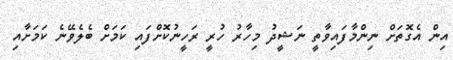
އިން އެގޮތަށް ނިންމާފައިވާތީ ނަޝީދު މިހާރު ހުރީ ރަހީނުކޮށްފައި ކަމަށް ބެލެވޭނެ ކަމަށާއި